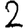
Digit: 2